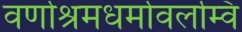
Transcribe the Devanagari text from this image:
वर्णाश्रमधर्मावलम्वि